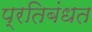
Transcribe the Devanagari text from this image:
प्रतिबंधत